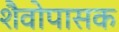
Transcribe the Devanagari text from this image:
शैवोपासक